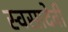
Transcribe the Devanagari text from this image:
स्वसादेवी